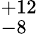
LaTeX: ^{+12}_{-8}